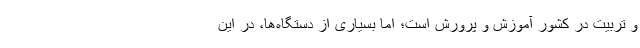
و تربیت در کشور آموزش و پرورش است؛ اما بسیاری از دستگاه‌ها، در این